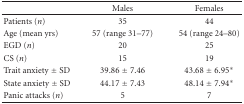
|  | Males | Females |
 | --- | --- | --- |
 | Patients (n) | 35 | 44 |
 | Age (mean yrs) | 57 (range 31–77) | 54 (range 24–80) |
 | EGD (n) | 20 | 25 |
 | CS (n) | 15 | 19 |
 | Trait anxiety ± SD | 39.86 ± 7.46 | 43.68 ± 6.95* |
 | State anxiety ± SD | 44.17 ± 7.43 | 48.14 ± 7.94* |
 | Panic attacks (n) | 5 | 7 |